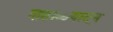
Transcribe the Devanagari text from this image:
शहाळ्यातून